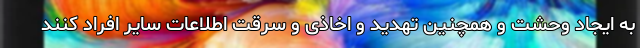
به ایجاد وحشت و همچنین تهدید و اخاذی و سرقت اطلاعات سایر افراد کنند